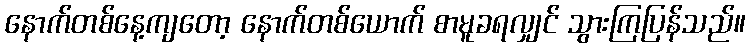
နောက်တစ်နေ့ကျတော့ နောက်တစ်ယောက် စာမူခရလျှင် သွားကြပြန်သည်။